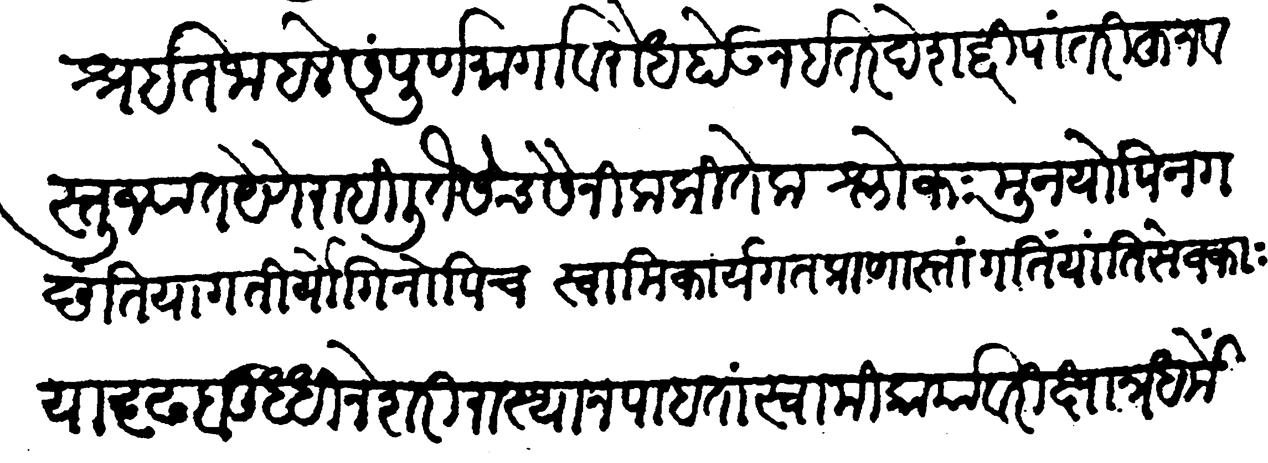
Transliteration (Devanagari): निराश्रत जाहले संपूर्ण मार्गावरोध होऊन इतर देशद्वीपांतरीहून वस्तुज्यात येणे राहिली तैसेच सैनिक कितेक मुनयोऽपि न गच्छन्ति या गतीर्योगिनोऽपि च स्वामि कार्यगत प्राणास्तां गतिं यांति सेवकाः या दृढ बुद्धीने शरीरास्था न पाहतां स्वामिकार्यावरी क्षात्रधर्में